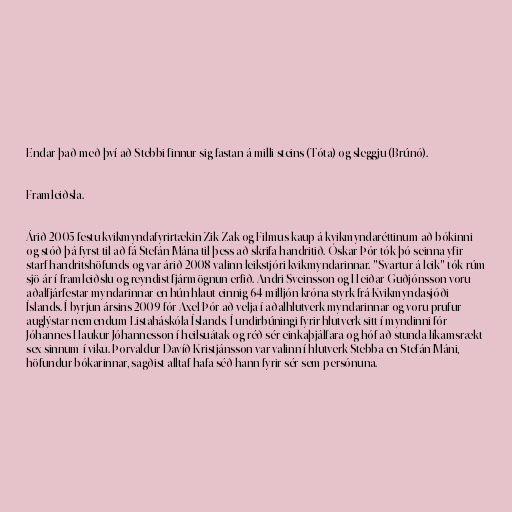
Endar það með því að Stebbi finnur sig fastan á milli steins (Tóta) og sleggju (Brúnó).

Framleiðsla.

Árið 2005 festu kvikmyndafyrirtækin Zik Zak og Filmus kaup á kvikmyndaréttinum að bókinni
og stóð þá fyrst til að fá Stefán Mána til þess að skrifa handritið. Óskar Þór tók þó seinna yfir
starf handritshöfunds og var árið 2008 valinn leikstjóri kvikmyndarinnar. "Svartur á leik" tók rúm
sjö ár í framleiðslu og reyndist fjármögnun erfið. Andri Sveinsson og Heiðar Guðjónsson voru
aðalfjárfestar myndarinnar en hún hlaut einnig 64 milljón króna styrk frá Kvikmyndasjóði
Íslands. Í byrjun ársins 2009 fór Axel Þór að velja í aðalhlutverk myndarinnar og voru prufur
auglýstar nemendum Listaháskóla Íslands. Í undirbúningi fyrir hlutverk sitt í myndinni fór
Jóhannes Haukur Jóhannesson í heilsuátak og réð sér einkaþjálfara og hóf að stunda líkamsrækt
sex sinnum í viku. Þorvaldur Davíð Kristjánsson var valinn í hlutverk Stebba en Stefán Máni,
höfundur bókarinnar, sagðist alltaf hafa séð hann fyrir sér sem persónuna.